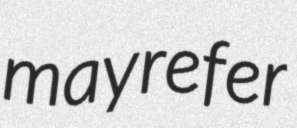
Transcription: may refer